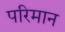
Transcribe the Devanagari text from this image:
परिमान